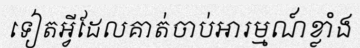
ទៀតអ្វីដែលគាត់ចាប់អារម្មណ៍ខ្លាំង